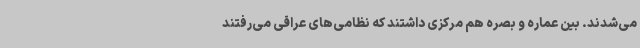
می‌شدند. بین عماره و بصره هم مرکزی داشتند که نظامی‌های عراقی می‌رفتند